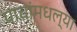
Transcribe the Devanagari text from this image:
पाचांमधल्या